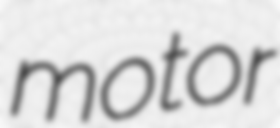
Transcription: motor